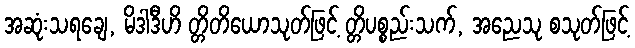
အဆုံးသရချေ, မိဒါဒီဟိ တ္တိတိယောသုတ်ဖြင့် တ္တိပစ္စည်းသက်, အညေသု စသုတ်ဖြင့်